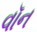
વૉન